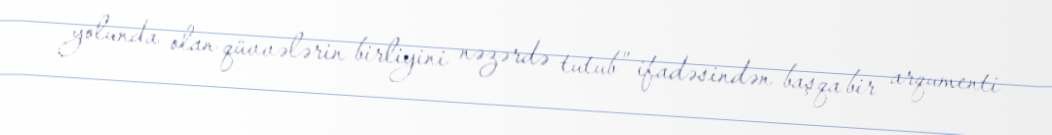
yolunda olan qüvvələrin birliyini nəzərdə tutub” ifadəsindən başqa bir arqumenti